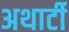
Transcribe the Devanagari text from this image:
अथार्टी